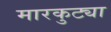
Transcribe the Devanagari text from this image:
मारकुट्या